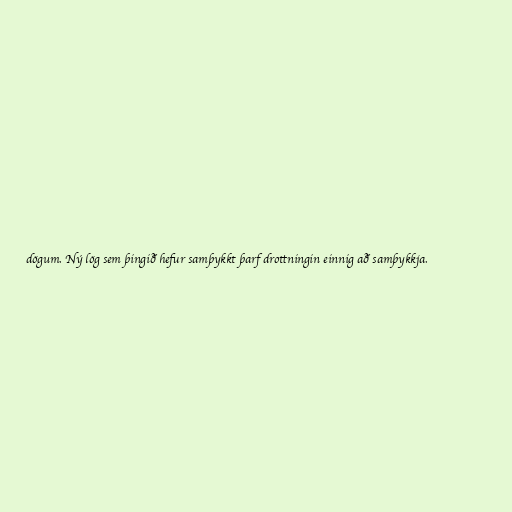
dögum. Ný lög sem þingið hefur samþykkt þarf drottningin einnig að samþykkja.